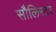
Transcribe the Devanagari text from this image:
सौलिस्टर